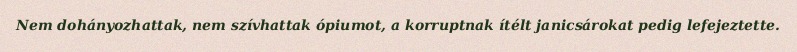
Nem dohányozhattak, nem szívhattak ópiumot, a korruptnak ítélt janicsárokat pedig lefejeztette.